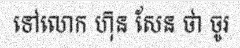
ទៅលោក ហ៊ុន សែន ថា ចូរ